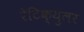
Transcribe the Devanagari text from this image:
रेटिक्युलर